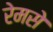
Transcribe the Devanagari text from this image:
रेमसे